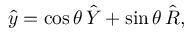
\hat { y } = \cos { \theta } \, \hat { Y } + \sin { \theta } \, \hat { R } ,